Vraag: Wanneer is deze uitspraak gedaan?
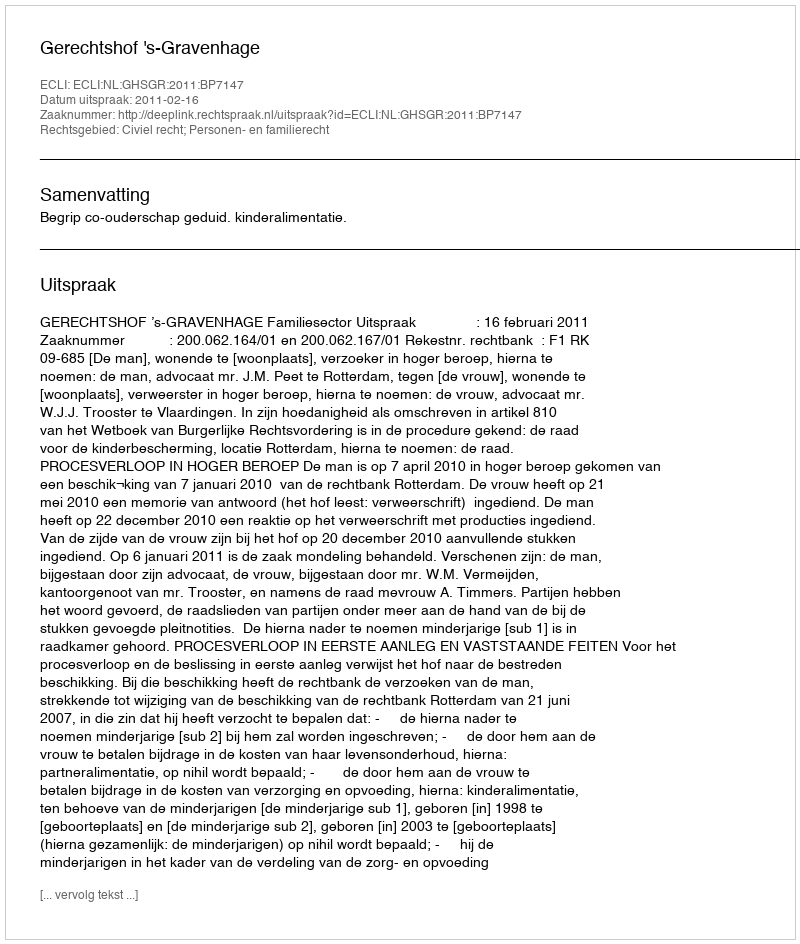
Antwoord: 2011-02-16